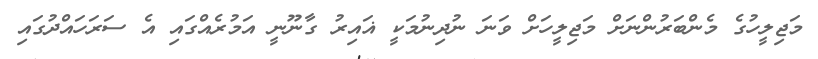
މަޖިލީހުގެ މެންބަރުންނަށް މަޖިލީހަށް ވަނަ ނުދިނުމަކީ ޣައިރު ގާނޫނީ އަމުރެއްގައި އެ ސަރަހައްދުގައިި